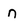
Character: n